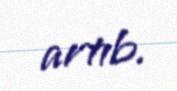
artıb.